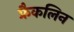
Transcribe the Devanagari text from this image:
फ्रैकलिन